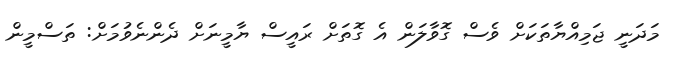
މަދަނީ ޖަމިއްޔާތަކަށް ވެސް ގޮވާލަން އެ ގޮތަށް ރައީސް ޔާމީނަށް ދެންނެވުމަށް: ތަސްމީން